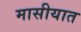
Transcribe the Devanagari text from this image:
मासीयात